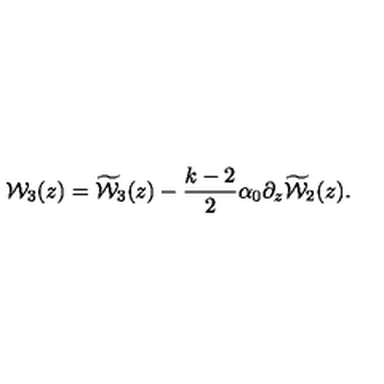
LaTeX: { { \cal W } _ { 3 } ( z ) } = { \widetilde { \cal W } _ { 3 } ( z ) } - \frac { k - 2 } { 2 } \alpha _ { 0 } \partial _ { z } { \widetilde { \cal W } _ { 2 } ( z ) } .